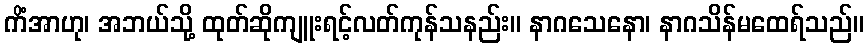
ကိံအာဟု၊ အဘယ်သို့ ထုတ်ဆိုကျူးရင့်လတ်ကုန်သနည်း။ နာဂသေနော၊ နာဂသိန်မထေရ်သည်။